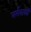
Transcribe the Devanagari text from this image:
नर्मवाक्यें